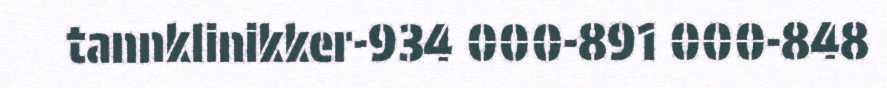
tannklinikker-934 000-891 000-848